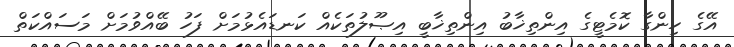
އޭގެ ހިންގާ ކޮމެޓީގެ އިންތިޚާބު އިންތިޚާބީ އިޞޫލުތަކެއް ކަނޑައެޅުމަށް ފަހު ބޭއްވުމަށް މަސައްކަތް